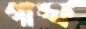
গাল্ফ